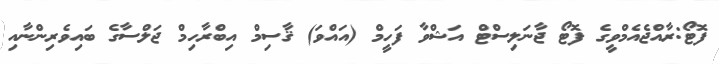
ފޮޓޯ:ރާއްޖެއެމްވީގެ ފޮޓޯ ޖާނަލިސްޓް އަޝްވާ ފަހީމް (އައްވަ) ޤާސިމް އިބްރާހިމް ޖަލްސާގެ ބައިވެރިންނާއި